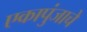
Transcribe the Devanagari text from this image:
एकापुंजाचे